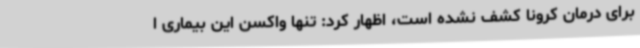
برای درمان کرونا کشف نشده است، اظهار کرد: تنها واکسن این بیماری ا